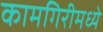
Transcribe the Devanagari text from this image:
कामगिरीमध्ये